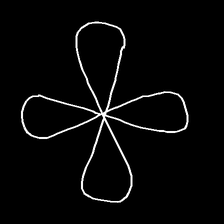
Glyph: billowing